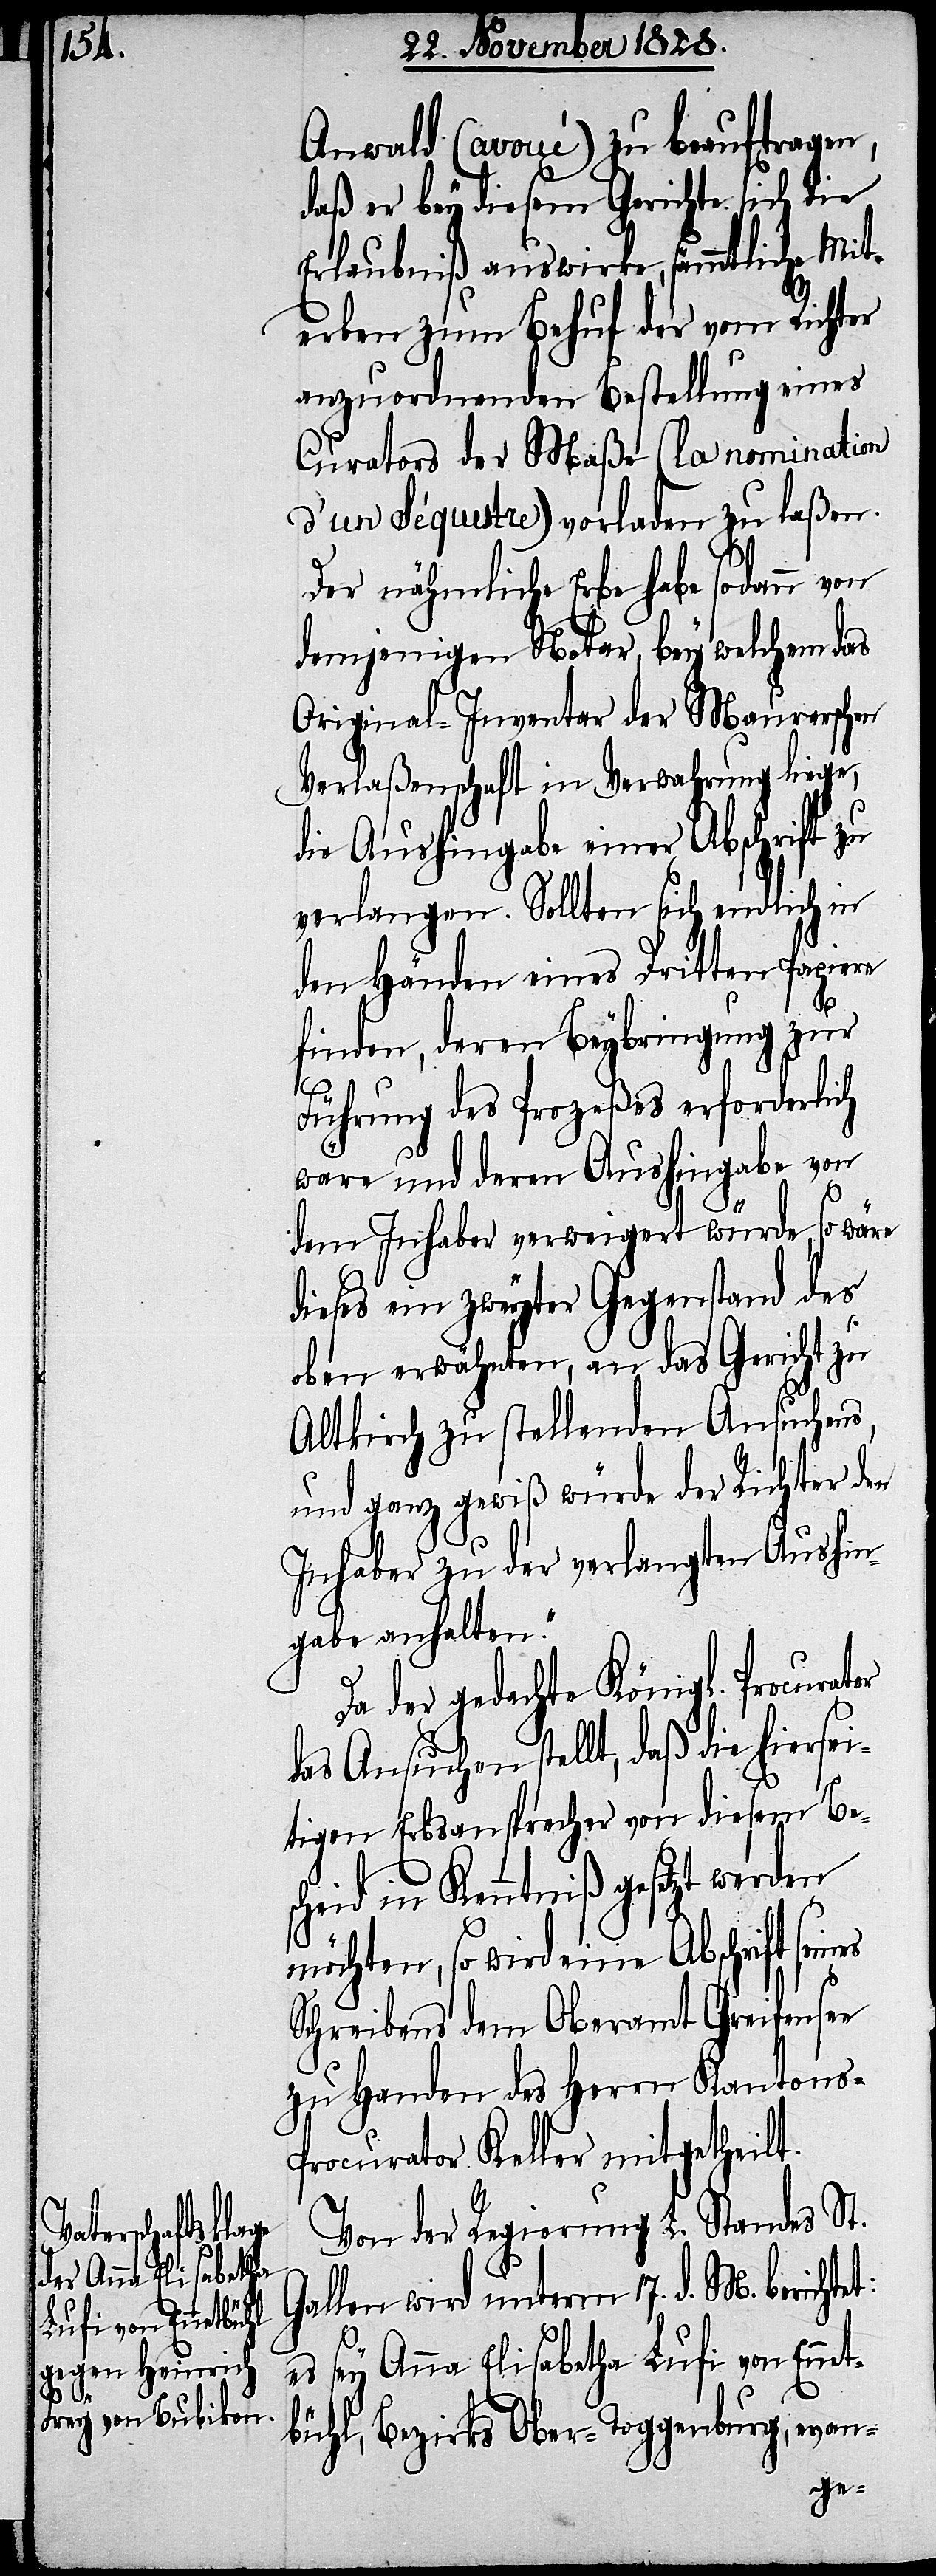
Anwald (avoué) zu beauftragen,
daß er bey diesem Gerichte sich die
Erlaubniß auswirke, sämmtliche Mit¬
erben zum Behuf der vom Richter
anzuordnenden Bestellung eines
Curators der Maße (la nomination
d’un Séquestre) vorladen zu laßen.
Der nähmliche Erbe habe sodann von
demjenigen Notar, bey welchem das
Original-Inventar der Maurerschen
Verlaßenschaft in Verwahrung liege,
die Aushingabe einer Abschrift zu
verlangen. Sollten sich endlich in
den Händen eines Dritten Papiere
finden, deren Beybringung zur
et:
Führung des Prozeßes erforderlich
wäre, und deren Aushingabe von
dem Inhaber verweigert würde, so wäre
dieses ein zweyter Gegenstand des
oben erwähnten, an das Gericht zu
Altkirch zu stellenden Ansuchens,
und ganz gewiß würde der Richter den
Inhaber zu der verlangten Aushin¬
gabe anhalten.“
Da der gedachte Königl. Procurator
das Ansuchen stellt, daß die hierse¬
itigen Erbsansprecher von diesem Bes¬
cheid in Kenntniß gesetzt werden
möchte, so wird eine Abschrift sein¬
Schreibens dem Oberamt Greifensee
zu Handen des Herrn Kantons-P¬
rocurator Keller mitgetheilt.
Von der Regierung L. Standes St.
Gallen wird unterm 17. d. M. bericht¬
es sey Anna Elisabetha Lufi von Ennet¬
bühl, Bezirks Ober-Toggenburg, evan-